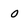
Character: 0